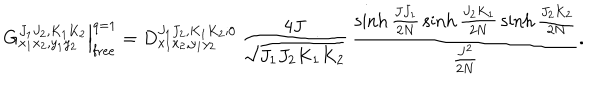
G _ { x _ { 1 } x _ { 2 } , y _ { 1 } y _ { 2 } } ^ { J _ { 1 } J _ { 2 } , K _ { 1 } K _ { 2 } } \Big | _ { \mathrm { f r e e } } ^ { q = 1 } = D _ { x _ { 1 } x _ { 2 } , y _ { 1 } y _ { 2 } } ^ { J _ { 1 } J _ { 2 } , K _ { 1 } K _ { 2 } ; 0 } \, \frac { 4 J } { \sqrt { J _ { 1 } J _ { 2 } K _ { 1 } K _ { 2 } } } \, \frac { \sinh \frac { J J _ { 1 } } { 2 N } \, \sinh \frac { J _ { 2 } K _ { 1 } } { 2 N } \, \sinh \frac { J _ { 2 } K _ { 2 } } { 2 N } } { \frac { J ^ { 2 } } { 2 N } } .